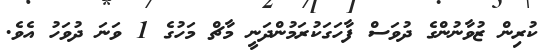
ކުރިން ޒުވާނުންގެ ދުވަސް ފާހަގަކުރަމުންދަނީ މާޗް މަހުގެ 1 ވަނަ ދުވަހު އެވެ.